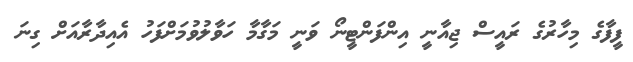
ފީފާގެ މިހާރުގެ ރައީސް ޖިއާނީ އިންފަންޓީނޯ ވަނީ މަގާމާ ހަވާލުވުމަށްފަހު އެއިދާރާއަށް ގިނަ